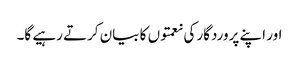
اور اپنے پروردگار کی نعمتوں کا بیان کرتے رہیے گا۔